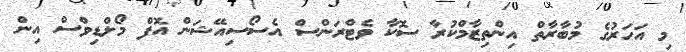
މި އަހަރުގެ މުބާރާތް އިންތިޒާމްކުރާ ސޮކާ ވެޓްރަންސް އެސޯސިއޭޝަން އޮފް މޯލްޑިވްސް އިން